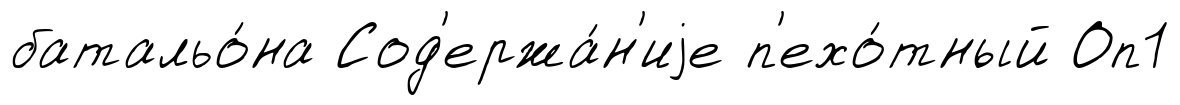
батальо́на Сод'ержа́н'иjе п'ехо́тный Оп1